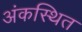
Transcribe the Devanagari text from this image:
अंकस्थित